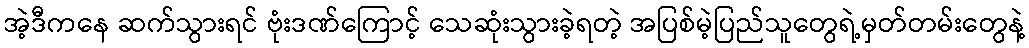
အဲ့ဒီကနေ ဆက်သွားရင် ဗုံးဒဏ်ကြောင့် သေဆုံးသွားခဲ့ရတဲ့ အပြစ်မဲ့ပြည်သူတွေရဲ့မှတ်တမ်းတွေနဲ့